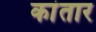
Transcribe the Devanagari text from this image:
कांतार